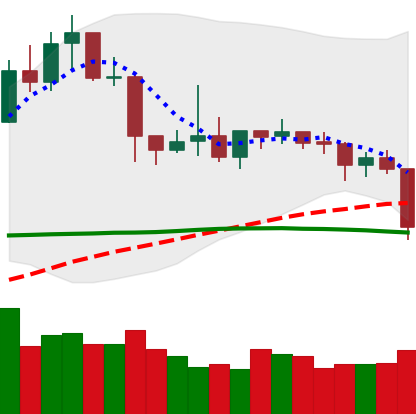
Ticker: XLM-USD
Chart end date: 2019-04-24
Forward return: -6.57%
Label: down_5_7